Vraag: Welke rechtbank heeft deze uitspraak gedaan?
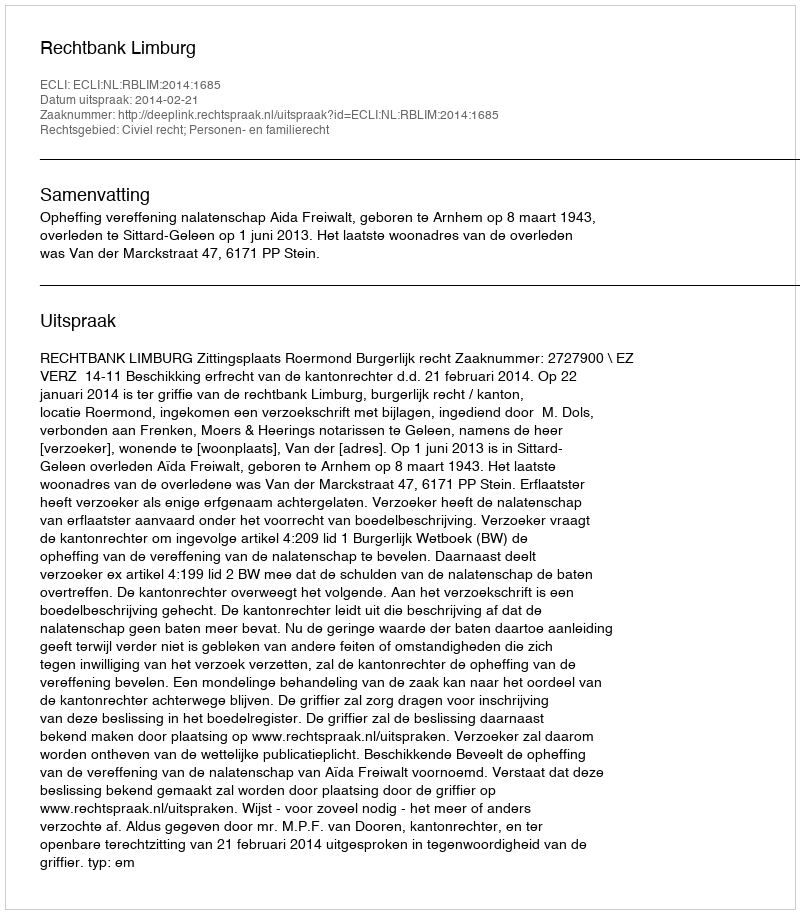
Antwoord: Rechtbank Limburg